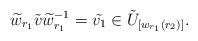
\begin{align*} \widetilde{w}_{r_1}\tilde{v}\widetilde{w}_{r_1}^{-1} =\tilde{v_1}\in \tilde{U}_{[w_{r_1}(r_2)]}.\end{align*}